Lunatic asylums Madras 1892-1911 - 1892-1911
Year: 1892
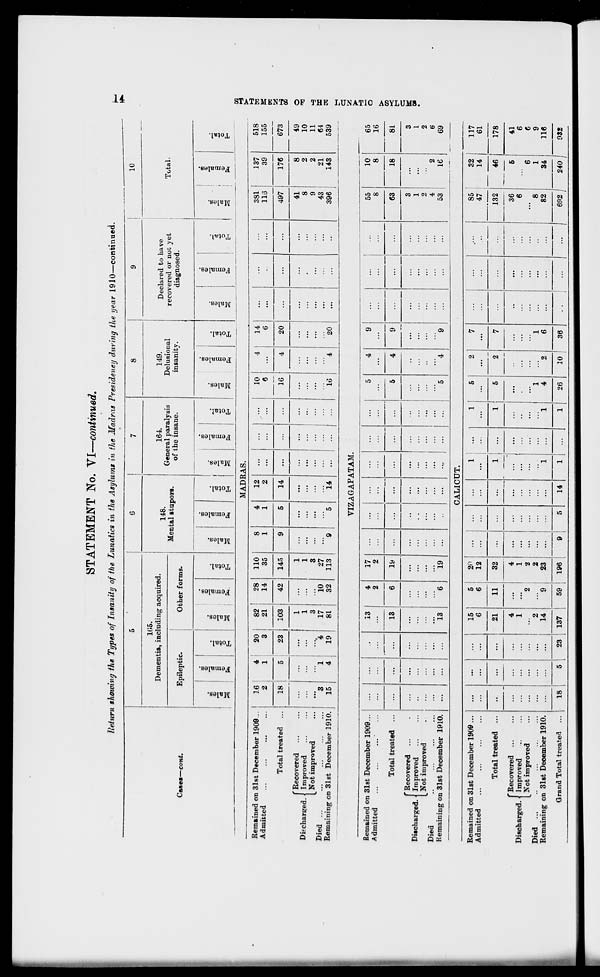
STATEMENT No. YL—continued.
Return showing the Types of Insanity of the Lunatics in the Asylums in the Madras Presidency during the year 1910—continued.
Ca«es—cont.
1(15.
Dementia, including acquired.
Epileptic.
■J.
»
3
3
w
CD
Is
e '-
fa
e3
O
Other forms.
co
o
"3
00
0)
a
S
o
fa
ea
o
EH
148.
Mental stupors.
CO
CO
"3
CO
s
-
fa
164.
General paralysis
of the insane.
o
GO
©
3
CO
01
3
E
c
fa
o
EH
149.
Delusional
insanity.
■J.
<s
3
3
CO
ID
3
S
fa
O
EH
10
Declared to have
recovered or not yet
diagnosed.
w
CD
3
CO
CD
3
S
fa
o
Total.
m
cc
3
VIZAGAPATAM.
Remained on 31st December 1909...
Admitted
Total treated ...
' Recovered
Discharged.' Improved
_ Not improved
Died
..
Remaining on 31st December 1910.
13
4
17
...
...
...
2
2
...
...
13
6
19
...
...
...
...
...
...
...
...
13
6
19
...
CALICUT.
5
4
9
55
10
...
...
...
...
...
8
8
5
4
9
...
63
18
...
...
...
5
4
9
...
...
3
1
2
4
53
2
16
CO
C
3
1-5
S
*
CD
O
fa
E-<
MADRAS.
Remained on 31st December 1909...
16
4
20
82
28
110
8
4
12
10
4
14
381
137
518
Admitted
2
1
3
21
14
35
1
1
2
...
...
...
6
16
...
6
...
...
116
39
155
Total treated ...
18
»
23
103
42
145
9
5
14
...
...
4
20
...
...
497
176
673
' Recovered
1
1
41
8
49
Discharged. ■ Improved
Not improved
...
...
1
3
...
1
3
...
...
...
...
...
...
...
...
•
...
8
9
2
2
10
11
Died
3
1
4
17
10
27
,.
43
21
64
Remaining on 31st December 1910.
15
•1 19 81 32 113 9 5 14
I
16
4
20
...
••
396
143
539
65
16
81
3
1
2
6
69
Remained on
Admitted
31st December 1909 ...
...
...
15
6
21
5
6
20
12
...
...
1
... | ...
1
5
2
2
2
7
7
...
...
85
47
132
32
14
117
61
Total treated ...
••■
...
...
11
32
...
...
1
...
1
1
5
...
46
5
6
1
34
178
Discharged. •
Died ...
Remaining o
'Recovered ...
Improved
^Not improved
n 31st December 1910.
...
...
4
1
2
14
2
9
4
1
2
2
23
...
...
...
1
...
1
4
1
6
...
36
6
' 8
82
41
6
6
9
116
G rand Total treated
18
5
23
137
59
196
9
5
14
1
-
1
26
10 J 36
1
692 ,
240 |
032
3
H
la
K
a
Hi
00
O
w
P3
Cj
i-3
►
CD
t-l
c
OB